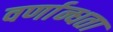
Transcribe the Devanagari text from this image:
वर्णान्धता